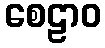
စေဠာဝ